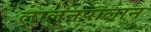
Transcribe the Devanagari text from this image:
लालनपालान